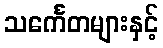
သင်္ကေတများနှင့်